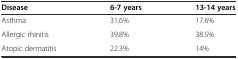
| Disease | 6-7 years | 13-14 years |
 | --- | --- | --- |
 | Asthma | 31.6% | 17.6% |
 | Allergic rhinitis | 39.8% | 38.5% |
 | Atopic dermatitis | 22.3% | 14% |